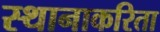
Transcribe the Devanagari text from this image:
स्थानाकरिता